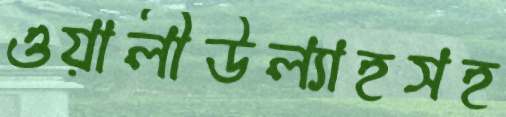
ওয়ালীউল্যাহসহ